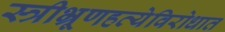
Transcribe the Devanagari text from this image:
स्त्रीभ्रूणहत्येविरोधात